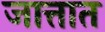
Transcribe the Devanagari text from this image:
जात्तात